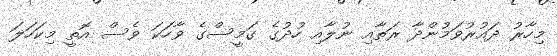
މިހާރު ދައުރުވަމުންދާ ރަތާއި ނުލާއި ހުދުގެ ގަމީސްގެ ވާހަކަ ވެސް އޮތީ މިކަހަލަ